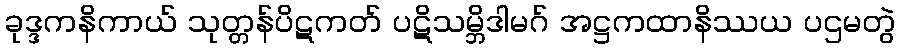
ခုဒ္ဒကနိကာယ် သုတ္တန်ပိဋကတ် ပဋိသမ္ဘိဒါမဂ် အဋ္ဌကထာနိဿယ ပဌမတွဲ